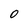
Character: 0